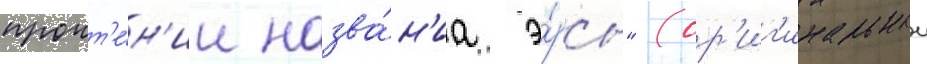
прочт'е́н'ии назва́н'иа э́ры" (ор'иг'инальныи